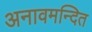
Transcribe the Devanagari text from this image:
अनावमन्दित